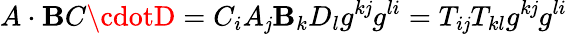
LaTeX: A\cdot\mathbf{B}C\cdotD=C_{i}A_{\mathit{j}}\mathbf{B}_{k}D_{l}g^{k\mathit{j}}g^{li}=T_{i\mathit{j}}T_{kl}g^{k\mathit{j}}g^{li}